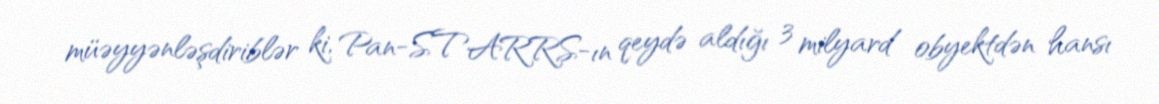
müəyyənləşdiriblər ki, Pan-STARRS-ın qeydə aldığı 3 milyard obyektdən hansı